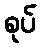
စုပ်